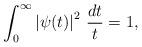
LaTeX: \begin{align*}\int_0^\infty\left|\psi(t)\right|^2\,\frac{dt}{t}=1,\end{align*}